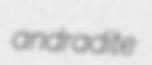
andradite